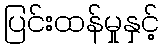
ပြင်းထန်မှုနှင့်